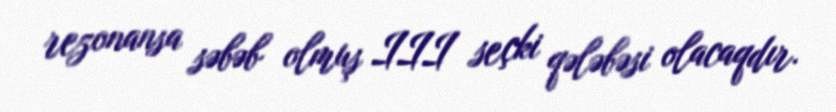
rezonansa səbəb olmuş III seçki qələbəsi olacaqdır.